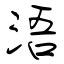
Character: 浯